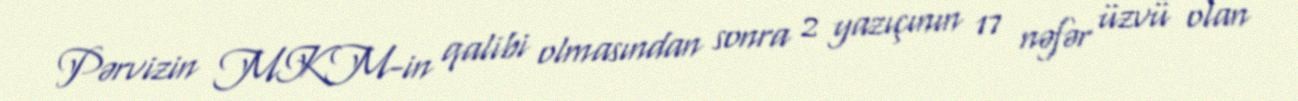
Pərvizin MKM-in qalibi olmasından sonra 2 yazıçının 17 nəfər üzvü olan